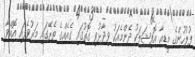
ފުލުހުންގެ މީޑިއާ އޮފިޝަލަކު ދެންމެއަކު ވިދާޅުވި ގޮތުގައި ގެއެއްގެ ތެރޭގައި މަރުވެފައި އޮއްވާ